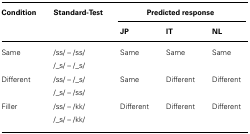
<table><thead><tr><td><b>Condition</b></td><td><b>Standard-Test</b></td><td colspan="3"><b>Predicted response</b></td></tr><tr><td></td><td></td><td><b>JP</b></td><td><b>IT</b></td><td><b>NL</b></td></tr></thead><tbody><tr><td>Same</td><td>/ss/ – /ss/</td><td>Same</td><td>Same</td><td>Same</td></tr><tr><td></td><td>/_s/ – /_s/</td><td></td><td></td><td></td></tr><tr><td>Different</td><td>/ss/ – /_s/</td><td>Same</td><td>Different</td><td>Different</td></tr><tr><td></td><td>/_s/ – /ss/</td><td></td><td></td><td></td></tr><tr><td>Filler</td><td>/ss/ – /kk/</td><td>Different</td><td>Different</td><td>Different</td></tr><tr><td></td><td>/_s/ – /kk/</td><td></td><td></td><td></td></tr></tbody></table>